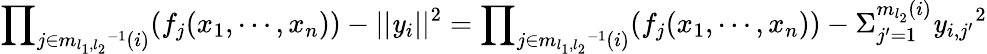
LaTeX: {\prod}_{j\in{m_{l_{1},l_{2}}}^{-1}(i)}(f_{j}(x_{1},\cdots,x_{n}))-||\mathit{y}_{i}||^{2}={\prod}_{j\in{m_{l_{1},l_{2}}}^{-1}(i)}(f_{j}(x_{1},\cdots,x_{n}))-{\Sigma}_{j^{\prime}=1}^{m_{l_{2}}(i)}{\mathit{y}_{i,j^{\prime}}}^{2}